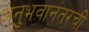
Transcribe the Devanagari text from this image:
अनुभवानंतरची